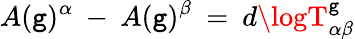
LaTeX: A(\mathtt{g})^{\alpha}\: -\: A(\mathtt{g})^{\beta}\: =\: d\logT_{\alpha\beta}^{\mathtt{g}}